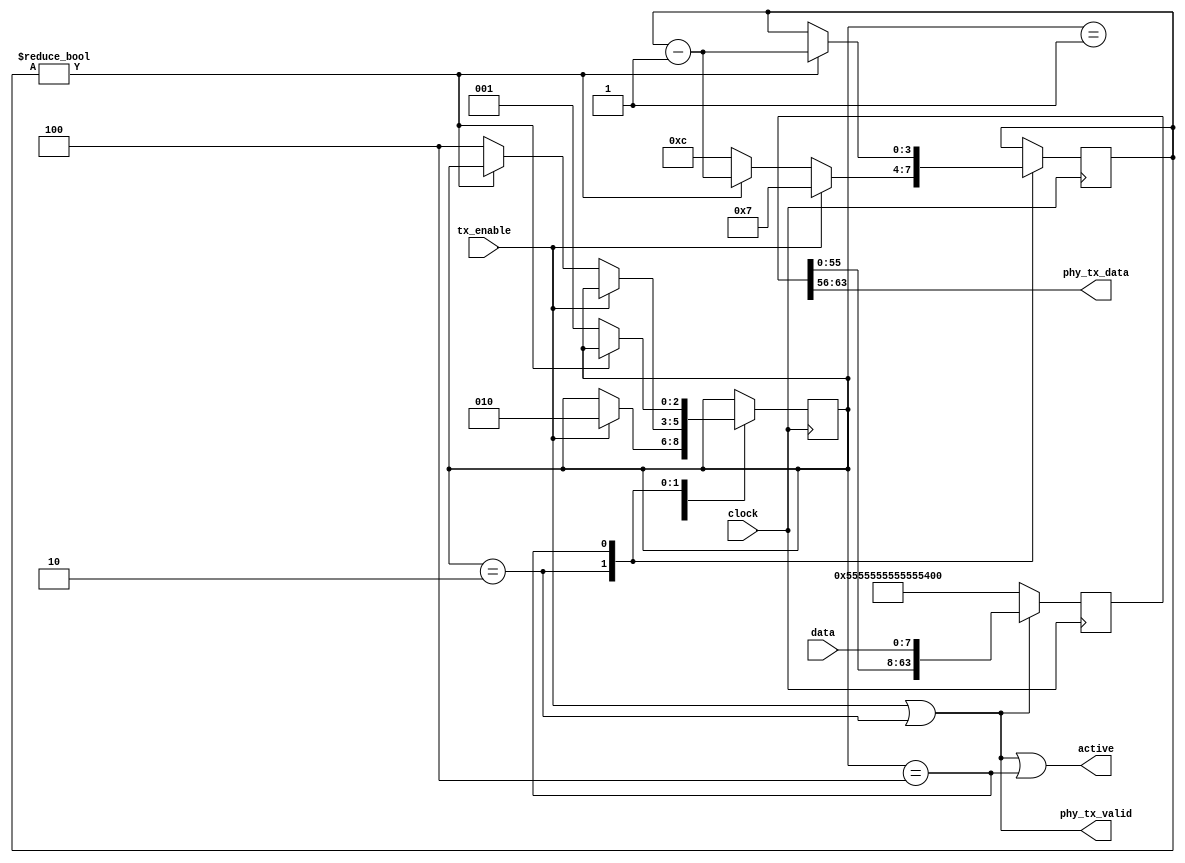
//
//  HPSDR - High Performance Software Defined Radio
//
//  Metis code.
//
//  This program is free software; you can redistribute it and/or modify
//  it under the terms of the GNU General Public License as published by
//  the Free Software Foundation; either version 2 of the License, or
//  (at your option) any later version.
//
//  This program is distributed in the hope that it will be useful,
//  but WITHOUT ANY WARRANTY; without even the implied warranty of
//  MERCHANTABILITY or FITNESS FOR A PARTICULAR PURPOSE.  See the
//  GNU General Public License for more details.
//
//  You should have received a copy of the GNU General Public License
//  along with this program; if not, write to the Free Software
//  Foundation, Inc., 59 Temple Place, Suite 330, Boston, MA  02111-1307  USA


//  Metis code copyright 2010, 2011, 2012, 2013 Alex Shovkoplyas, VE3NEA.


module phy_send (
  input [7:0] data,
  input tx_enable,
  output active,
  input clock,

  output [7:0]  phy_tx_data,
  output        phy_tx_valid
);



//-----------------------------------------------------------------------------
//                            shift reg
//-----------------------------------------------------------------------------
localparam PREAMBLE_BYTES = 64'h55555555555555D5;
localparam PREAMB_LEN = 4'd8;
localparam HI_BIT = 8*PREAMB_LEN - 1;
reg [HI_BIT:0] shift_reg;
reg [3:0] bytes_left;


//-----------------------------------------------------------------------------
//                           state machine
//-----------------------------------------------------------------------------
localparam ST_IDLE = 1, ST_SEND = 2, ST_GAP = 4;
reg [2:0] state = ST_IDLE;


wire sending = tx_enable | (state == ST_SEND);
assign active = sending | (state == ST_GAP);


always @(posedge clock)
  begin
  if (sending) shift_reg <= {shift_reg[HI_BIT-8:0], data};
  else shift_reg <= PREAMBLE_BYTES;

  case (state)
    ST_IDLE:
      //receiving the first payload byte
      if (tx_enable) state <= ST_SEND;

    ST_SEND:
      //receiving payload data
      if (tx_enable) bytes_left <= PREAMB_LEN - 4'd1;
      //purging shift register
      else if (bytes_left != 0) bytes_left <= bytes_left - 4'd1;
      //starting inter-frame gap
      else begin bytes_left <= 4'd12; state <= ST_GAP; end

    ST_GAP:
      if (bytes_left != 0) bytes_left <= bytes_left - 4'd1;
      else state <= ST_IDLE;
    endcase
  end


assign phy_tx_data = shift_reg[HI_BIT -: 8];
assign phy_tx_valid = sending;


endmodule